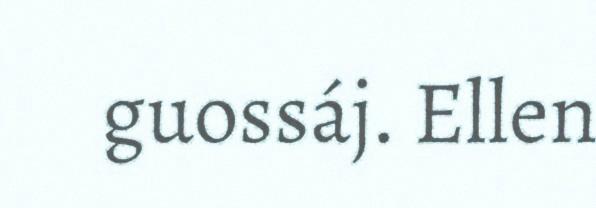
guossáj. Ellen